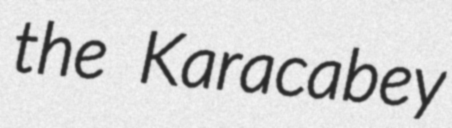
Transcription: the Karacabey